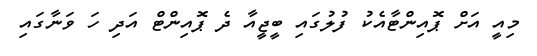
މިއީ އަށް ޕޮއިންޓާއެކު ފުލުގައި ބީޖީއާ ދެ ޕޮއިންޓް އަދި ހަ ވަނާގައި